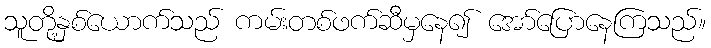
သူတို့နှစ်ယောက်သည် ကမ်းတစ်ဖက်ဆီမှနေ၍ အော်ပြောနေကြသည်။